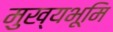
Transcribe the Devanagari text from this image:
मुख्‍यभूमि